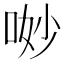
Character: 𠴕